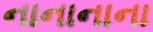
નાનાનાના